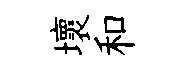
壞和